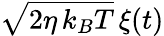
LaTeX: \sqrt{2\eta\, k_{B}T}\, \xi(t)